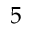
5